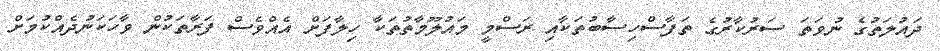
ދައުލަތުގެ ނުވަތަ ސަރުކާރުގެ ތަފާސްހިސާބުތަކާއި ރަސްމީ މައުލޫމާތުތަކާ ހިލާފަށް އެއްވެސް ފަރާތަކުން ވާހަކަނުދެއްކުމަށް